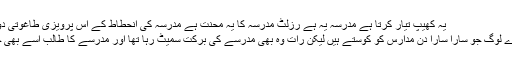
یہ کھیپ تیار کرتا ہے مدرسہ یہ ہے رزلٹ مدرسہ کا یہ محنت ہے مدرسہ کی انحطاط کے اس پرویزی طاغوتی دور میں مدرسہ کے عزم کا اظہار
رات تراویح پڑھی مزہ آیا وہ سارے لوگ جو سارا سارا دن مدارس کو کوستے ہیں لیکن رات وہ بھی مدرسے کی برکت سمیٹ رہا تھا اور مدرسے کا طالب اسے بھی خوش الحانی میں قرآن سنا رہاتھا ۔